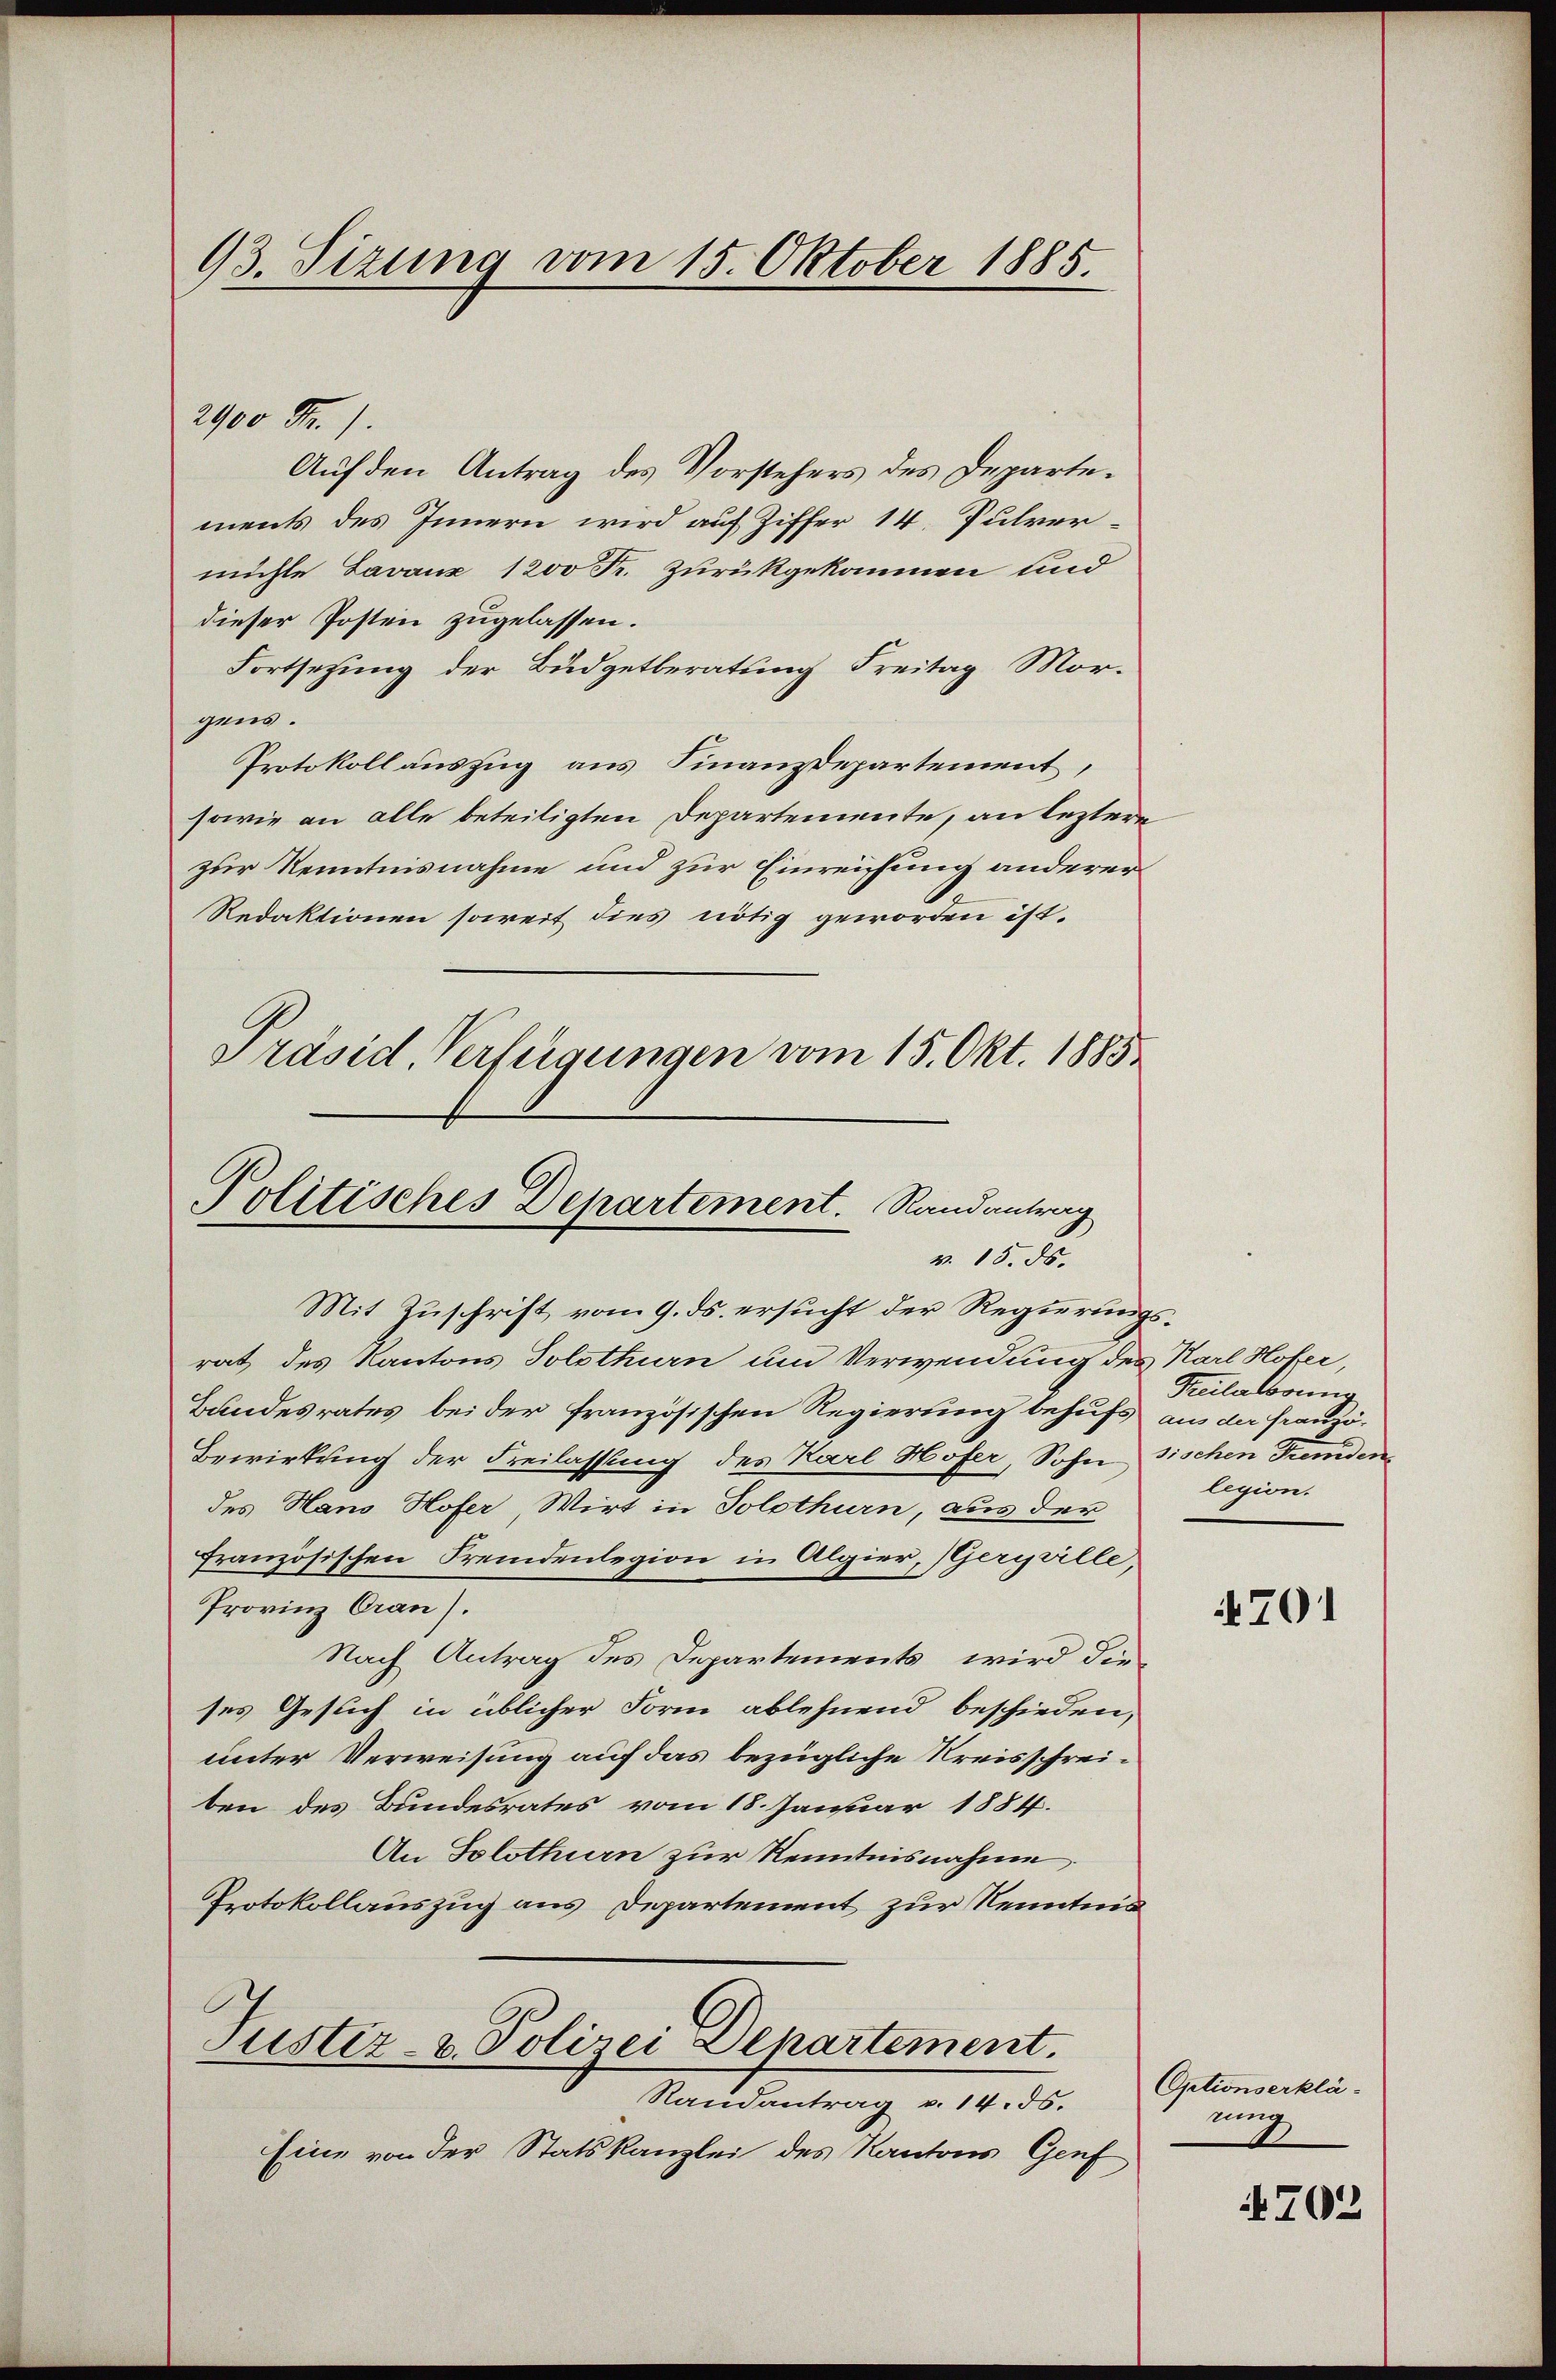
93. Sizung vom 15. Oktober 1885.

2900 Fr. 1.
Auf den Antrag des Vorstehers des Departements des Innern wird auf Ziffer 14. Pulvermühle Lavaux 1200 Fr. zurückgekommen und
dieser Posten zugelassen.
Fortsetzung der Budgetberatung Freitag Morgens.
Protokoll auszug aus Finanzdepartement,
sowie an alle beteiligten Departemente, an leztere
zur Kenntnisnahme und zur Einreichung anderer
Redaktionen soweit dies nötig geworden ist.
Präsid. Verfügungen vom 15. Okt. 1885

Politisches Departement. Randantrag
v. 15. ds.

Mit Zuschrift vom 9. ds. ersucht der Regierungsrat des Kantons Solothurn um Verwendung des Karl Hofer,
Bandesrates bei der französischen Regierung behufs aus der Franzö¬
Bewirkung der Freilassung des Karl Hofer, Sohn sischen Fremden
des Hans Hofer, Wirt in Solothurn, aus der
französischen Fremdenlegion in Algier, Geryrille,
Provinz Cran).
Nach Antrag des Departements, wird die
ses Gesuch in üblicher Form ablehnend beschieden,
unter Verweisung auf das bezügliche Kreisschreiben des Bundesrates vom 18. Januar 1884.
An Solothurn zur Kenntnisnahme
Protokollauszug aus Departement zur Kenntnis
Justiz- & Polizei Departement.

Randantrag v. 14. 56.

Eine von der Statskanzlei des Kantons Genf

Freilassung
legion.

4701

Optionserklänung

702